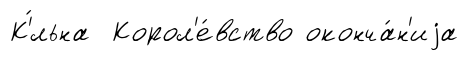
К'́льна Корол'е́вство оконча́н'иjа